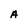
Character: A